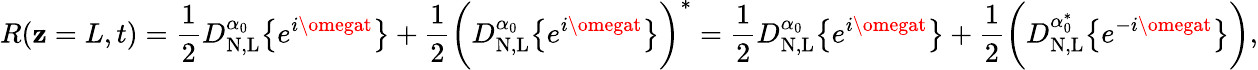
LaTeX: R(\mathbf{z}=L,t)=\frac{{1}}{{2}}D_{\mathrm{{N,L}}}^{\alpha_{0}}\big\{ {e^{i\omegat}\big\} }+\frac{{1}}{{2}}\bigg(D_{\mathrm{{N,L}}}^{\alpha_{0}}\big\{ {e^{i\omegat}\big\} }\bigg)^{*}=\frac{{1}}{{2}}D_{\mathrm{{N,L}}}^{\alpha_{0}}\big\{ {e^{i\omegat}\big\} }+\frac{{1}}{{2}}\bigg(D_{\mathrm{{N,L}}}^{\alpha_{0}^{*}}\big\{ {e^{-i\omegat}\big\} }\bigg),